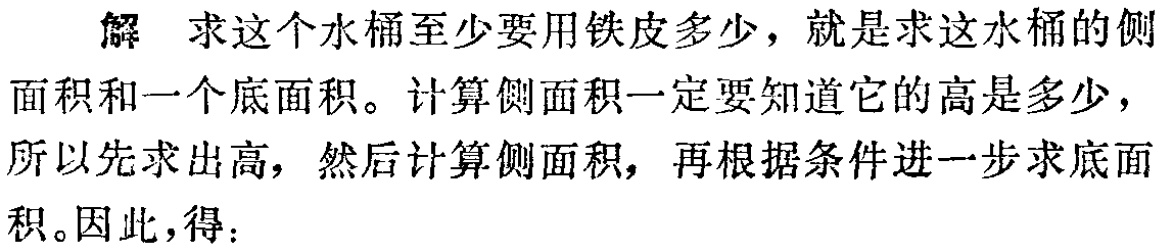
解 求这个水桶至少要用铁皮多少，就是求这水桶的侧面积和一个底面积。计算侧面积一定要知道它的高是多少，所以先求出高，然后计算侧面积，再根据条件进一步求底面积。因此，得：